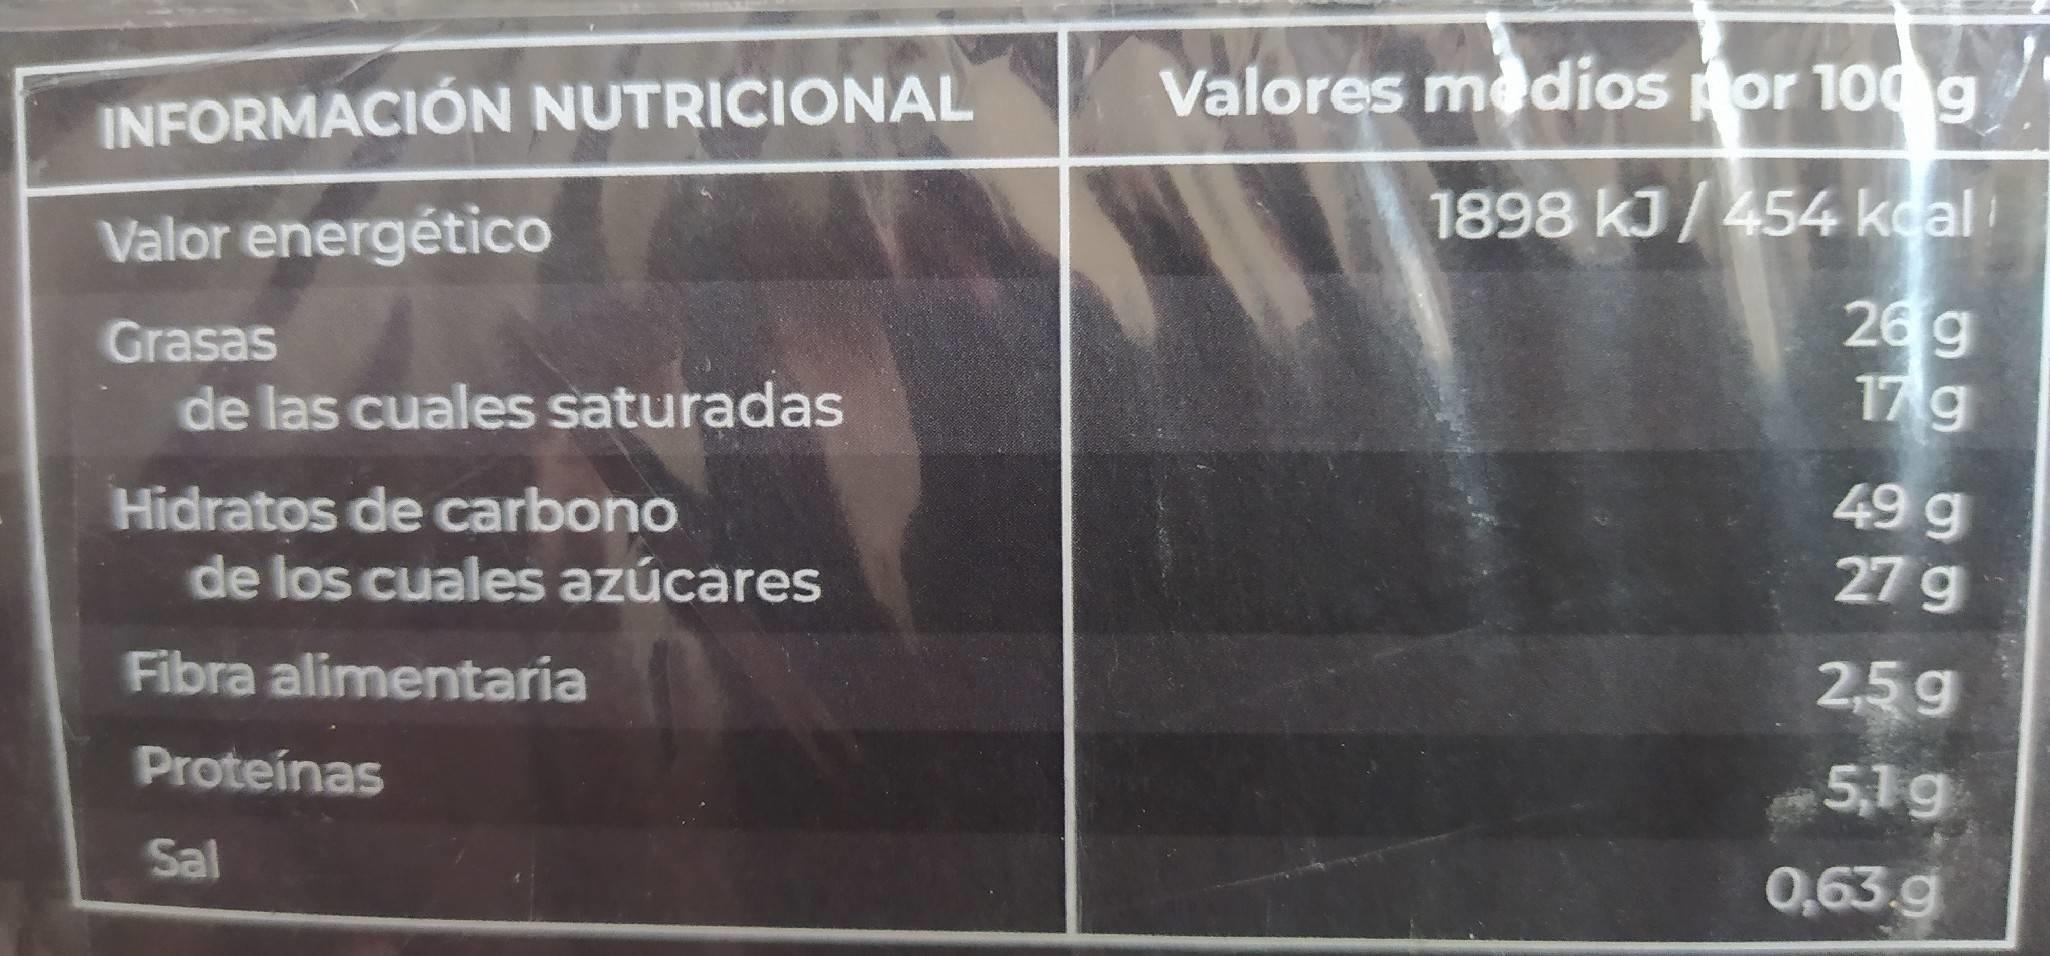
Valores medios por 100 g
INFORMACIÓN NUTRICIONAL
1898 kJ/454 kcal 26g 17g
Valor energético
Grasas
de las cuales saturadas
Hidratos de carbono de los cuales azúcares
49 g 27 g
Fibra alimentaria
2,5g
Proteínas
5,1g
Sal
0,63 g